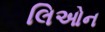
લિઓન